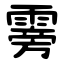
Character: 䨦